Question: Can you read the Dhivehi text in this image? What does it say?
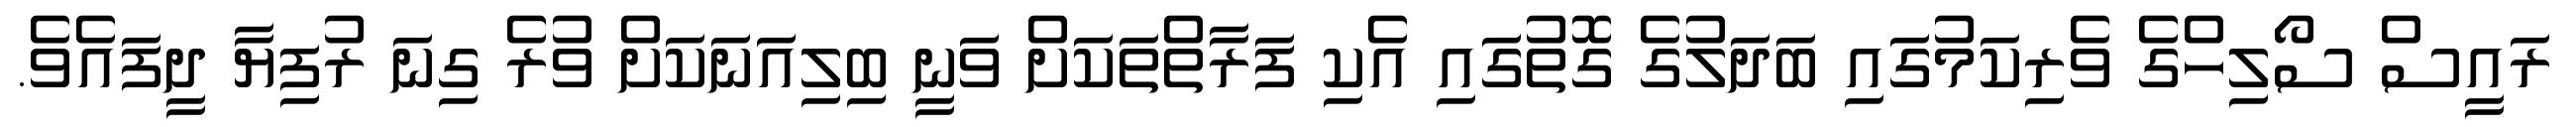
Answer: ރައީސް ސޯލިހްގެ ވެރިކަމުގައި ބަދަލުގެ ގޮތުގައި އެކި ފަރާތްތަކަށް ވަނީ ބިލިއަނަކަށް ވުރެ ގިނަ ރުފިޔާ ދީފައެވެ.